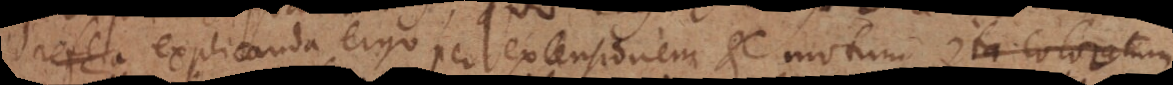
Explicanda ergo per extensionem et motum. Ita coloratum